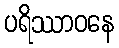
ပရိဿာဝနေ